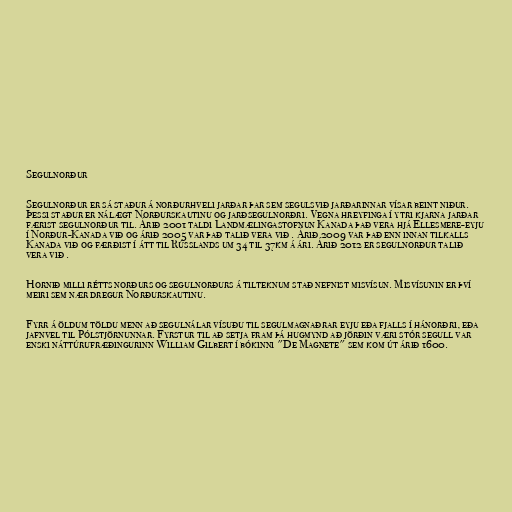
Segulnorður

Segulnorður er sá staður á norðurhveli jarðar þar sem segulsvið jarðarinnar vísar beint niður.
Þessi staður er nálægt Norðurskautinu og jarðsegulnorðri. Vegna hreyfinga í ytri kjarna jarðar
færist segulnorður til. Árið 2001 taldi Landmælingastofnun Kanada það vera hjá Ellesmere-eyju
í Norður-Kanada við og árið 2005 var það talið vera við . Árið 2009 var það enn innan tilkalls
Kanada við og færðist í átt til Rússlands um 34 til 37km á ári. Árið 2012 er segulnorður talið
vera við .

Hornið milli rétts norðurs og segulnorðurs á tilteknum stað nefnist misvísun. Misvísunin er því
meiri sem nær dregur Norðurskautinu.

Fyrr á öldum töldu menn að segulnálar vísuðu til segulmagnaðrar eyju eða fjalls í hánorðri, eða
jafnvel til Pólstjörnunnar. Fyrstur til að setja fram þá hugmynd að jörðin væri stór segull var
enski náttúrufræðingurinn William Gilbert í bókinni "De Magnete" sem kom út árið 1600.